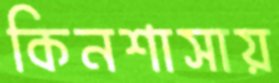
কিনশাসায়